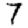
Digit: 7